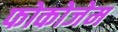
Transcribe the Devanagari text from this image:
फोकोजेम